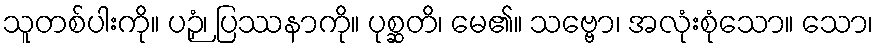
သူတစ်ပါးကို။ ပဉှံ၊ ပြဿနာကို။ ပုစ္ဆတိ၊ မေ၏။ သဗ္ဗော၊ အလုံးစုံသော။ သော၊